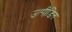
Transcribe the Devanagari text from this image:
उत्पीडि़त